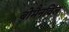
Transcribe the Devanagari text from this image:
बोमैनविल